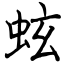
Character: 蚿